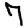
Digit: 7